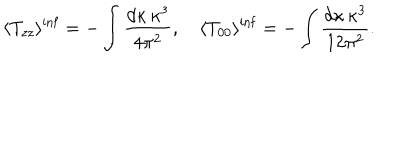
\langle T _ { z z } \rangle ^ { \mathrm { i n f } } = - \int \frac { d \kappa \, \kappa ^ { 3 } } { 4 \pi ^ { 2 } } , \quad \langle T _ { 0 0 } \rangle ^ { \mathrm { i n f } } = - \int \frac { d \kappa \, \kappa ^ { 3 } } { 1 2 \pi ^ { 2 } } .